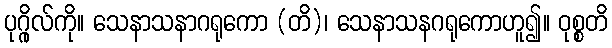
ပုဂ္ဂိုလ်ကို။ သေနာသနာဂရုကော (တိ)၊ သေနာသနဂရုကောဟူ၍။ ဝုစ္စတိ